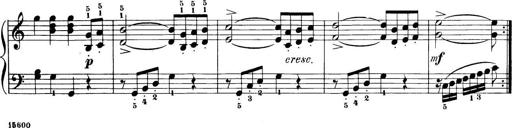
Title: 32 Sonatinas and Rondos for the Piano
Composer: Richard Kleinmichel